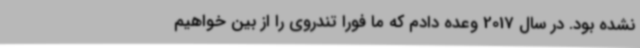
نشده بود. در سال 2017 وعده دادم که ما فورا تندروی را از بین خواهیم